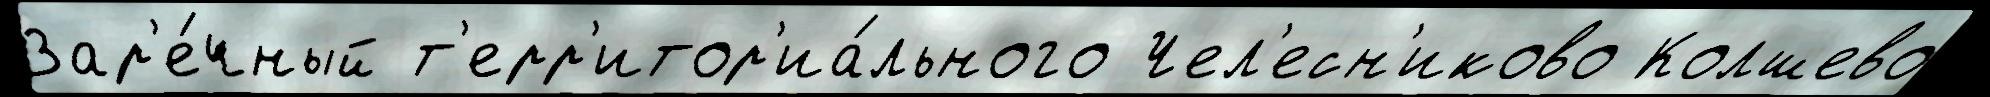
Зар'е́чный т'ерр'итор'иа́льного Чел'есн'иково Колшево